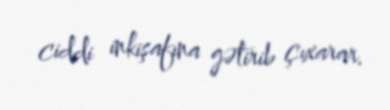
ciddi inkişafına gətirib çıxarar.